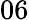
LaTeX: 06